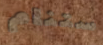
ستنام